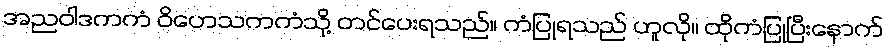
အညဝါဒကကံ ဝိဟေသကကံသို့ တင်ပေးရသည်။ ကံပြုရသည် ဟူလို။ ထိုကံပြုပြီးနောက်